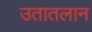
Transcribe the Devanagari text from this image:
उतातलान